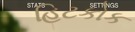
હિટકોક